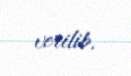
verilib.